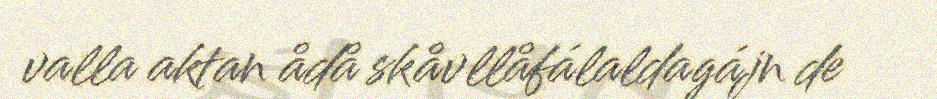
valla aktan ådå skåvllåfálaldagájn de